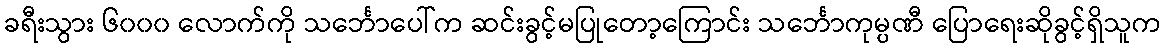
ခရီးသွား ၆၀၀၀ လောက်ကို သင်္ဘောပေါ်က ဆင်းခွင့်မပြုတော့ကြောင်း သင်္ဘောကုမ္ပဏီ ပြောရေးဆိုခွင့်ရှိသူက